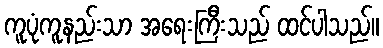
ကူပုံကူနည်းသာ အရေးကြီးသည် ထင်ပါသည်။